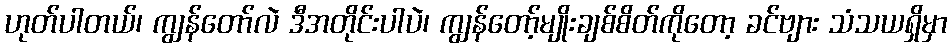
ဟုတ်ပါတယ်၊ ကျွန်တော်လဲ ဒီအတိုင်းပါပဲ၊ ကျွန်တော့်မျိုးချစ်စိတ်ကိုတော့ ခင်ဗျား သံသယရှိမှာ